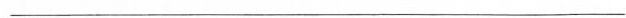
__________________________________________